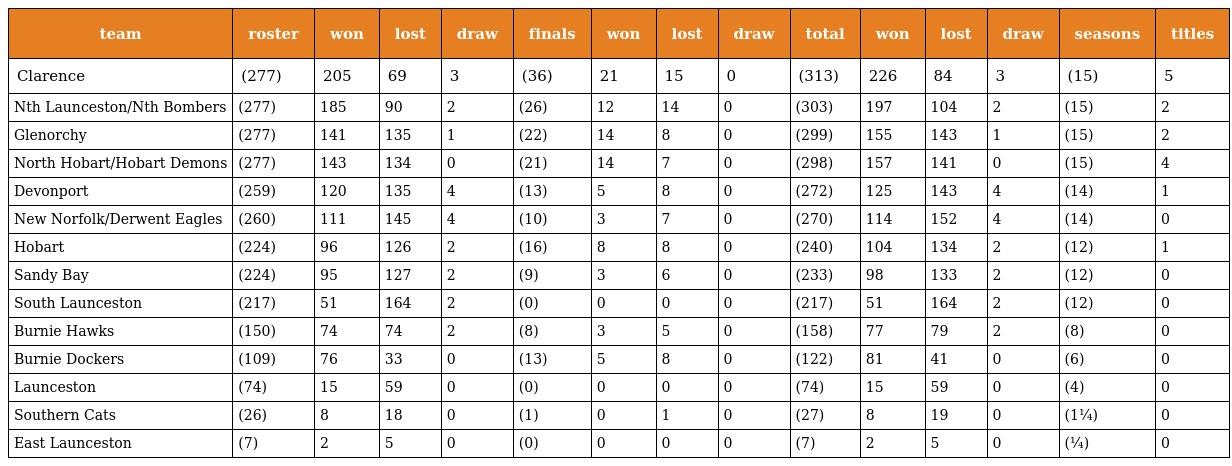
| team | roster | won | lost | draw | finals | won | lost | draw | total | won | lost | draw | seasons | titles |
 | --- | --- | --- | --- | --- | --- | --- | --- | --- | --- | --- | --- | --- | --- | --- |
 | Clarence | (277) | 205 | 69 | 3 | (36) | 21 | 15 | 0 | (313) | 226 | 84 | 3 | (15) | 5 |
 | Nth Launceston/Nth Bombers | (277) | 185 | 90 | 2 | (26) | 12 | 14 | 0 | (303) | 197 | 104 | 2 | (15) | 2 |
 | Glenorchy | (277) | 141 | 135 | 1 | (22) | 14 | 8 | 0 | (299) | 155 | 143 | 1 | (15) | 2 |
 | North Hobart/Hobart Demons | (277) | 143 | 134 | 0 | (21) | 14 | 7 | 0 | (298) | 157 | 141 | 0 | (15) | 4 |
 | Devonport | (259) | 120 | 135 | 4 | (13) | 5 | 8 | 0 | (272) | 125 | 143 | 4 | (14) | 1 |
 | New Norfolk/Derwent Eagles | (260) | 111 | 145 | 4 | (10) | 3 | 7 | 0 | (270) | 114 | 152 | 4 | (14) | 0 |
 | Hobart | (224) | 96 | 126 | 2 | (16) | 8 | 8 | 0 | (240) | 104 | 134 | 2 | (12) | 1 |
 | Sandy Bay | (224) | 95 | 127 | 2 | (9) | 3 | 6 | 0 | (233) | 98 | 133 | 2 | (12) | 0 |
 | South Launceston | (217) | 51 | 164 | 2 | (0) | 0 | 0 | 0 | (217) | 51 | 164 | 2 | (12) | 0 |
 | Burnie Hawks | (150) | 74 | 74 | 2 | (8) | 3 | 5 | 0 | (158) | 77 | 79 | 2 | (8) | 0 |
 | Burnie Dockers | (109) | 76 | 33 | 0 | (13) | 5 | 8 | 0 | (122) | 81 | 41 | 0 | (6) | 0 |
 | Launceston | (74) | 15 | 59 | 0 | (0) | 0 | 0 | 0 | (74) | 15 | 59 | 0 | (4) | 0 |
 | Southern Cats | (26) | 8 | 18 | 0 | (1) | 0 | 1 | 0 | (27) | 8 | 19 | 0 | (1¼) | 0 |
 | East Launceston | (7) | 2 | 5 | 0 | (0) | 0 | 0 | 0 | (7) | 2 | 5 | 0 | (¼) | 0 |